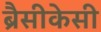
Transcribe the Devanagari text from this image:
ब्रैसीकेसी